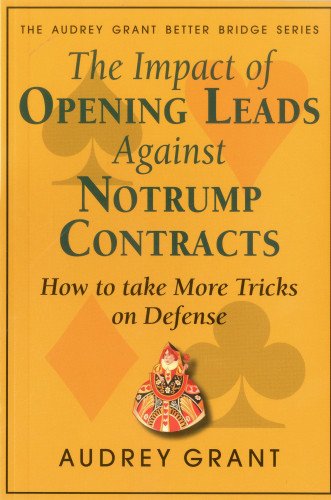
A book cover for The Impact of Opening Leads Against No Trump Contracts: How to Take More Tricks on Defense (Audrey Grant Bookmark Series); Audrey Grant; Humor & Entertainment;